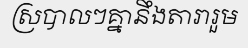
ស្របាលៗគ្នានឹងតារារួម